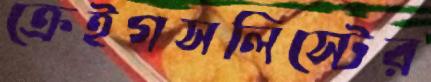
ক্রেইগসলিস্টের